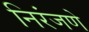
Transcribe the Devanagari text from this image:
निरंजणे